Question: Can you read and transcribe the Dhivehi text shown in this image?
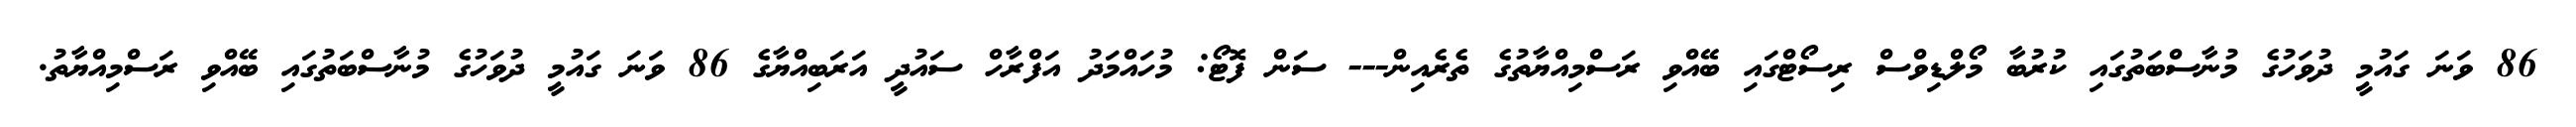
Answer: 86 ވަނަ ގައުމީ ދުވަހުގެ މުނާސްބަތުގައި ކުރުބާ މޯލްޑިވްސް ރިސޯޓްގައި ބޭއްވި ރަސްމިއްޔާތުގެ ތެރެއިން--- ސަން ފޮޓޯ: މުހައްމަދު އަފްރާހް ސައުދީ އަރަބިއްޔާގެ 86 ވަނަ ގައުމީ ދުވަހުގެ މުނާސްބަތުގައި ބޭއްވި ރަސްމިއްޔާތު.